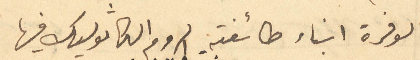
لوفرة ابناء طائفته الروم الكاثوليك فيها